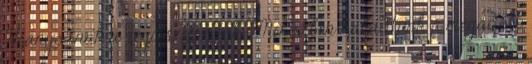
Hiányoznak a régi szép idők. Miközben haladtunk a megadott